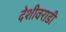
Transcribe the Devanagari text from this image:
देशीवराडी